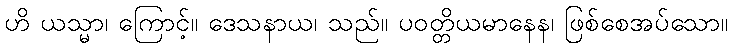
ဟိ ယသ္မာ၊ ကြောင့်။ ဒေသနာယ၊ သည်။ ပဝတ္တိယမာနေန၊ ဖြစ်စေအပ်သော။